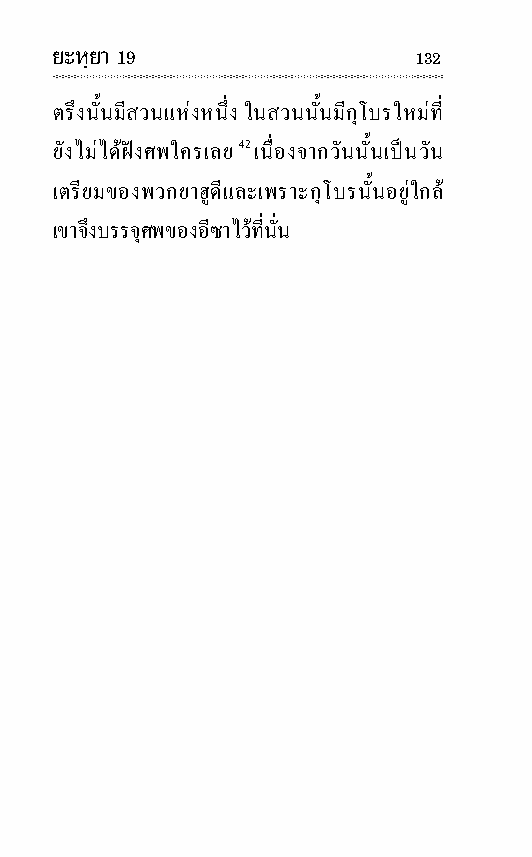
ยะหฺยา 19               132
 ตรึงนั้นมีสวนแหงหนึ่ง ในสวนนั้นมีกุโบรใหมที่
 ยังไมไดฝงศพใครเลย 42 เนื่องจากวันนั้นเปนวัน
 เตรียมของพวกยา ฮู ดีและเพราะกุโบรนั้นอยูใกล
 เขาจึงบรรจุศพของอี ซาไวที่นั่น